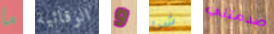
ما الوقائية و شئ صدمتني